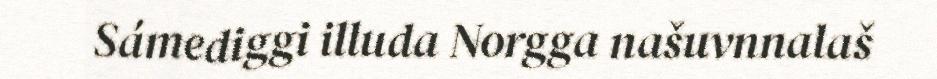
Sámediggi illuda Norgga našuvnnalaš